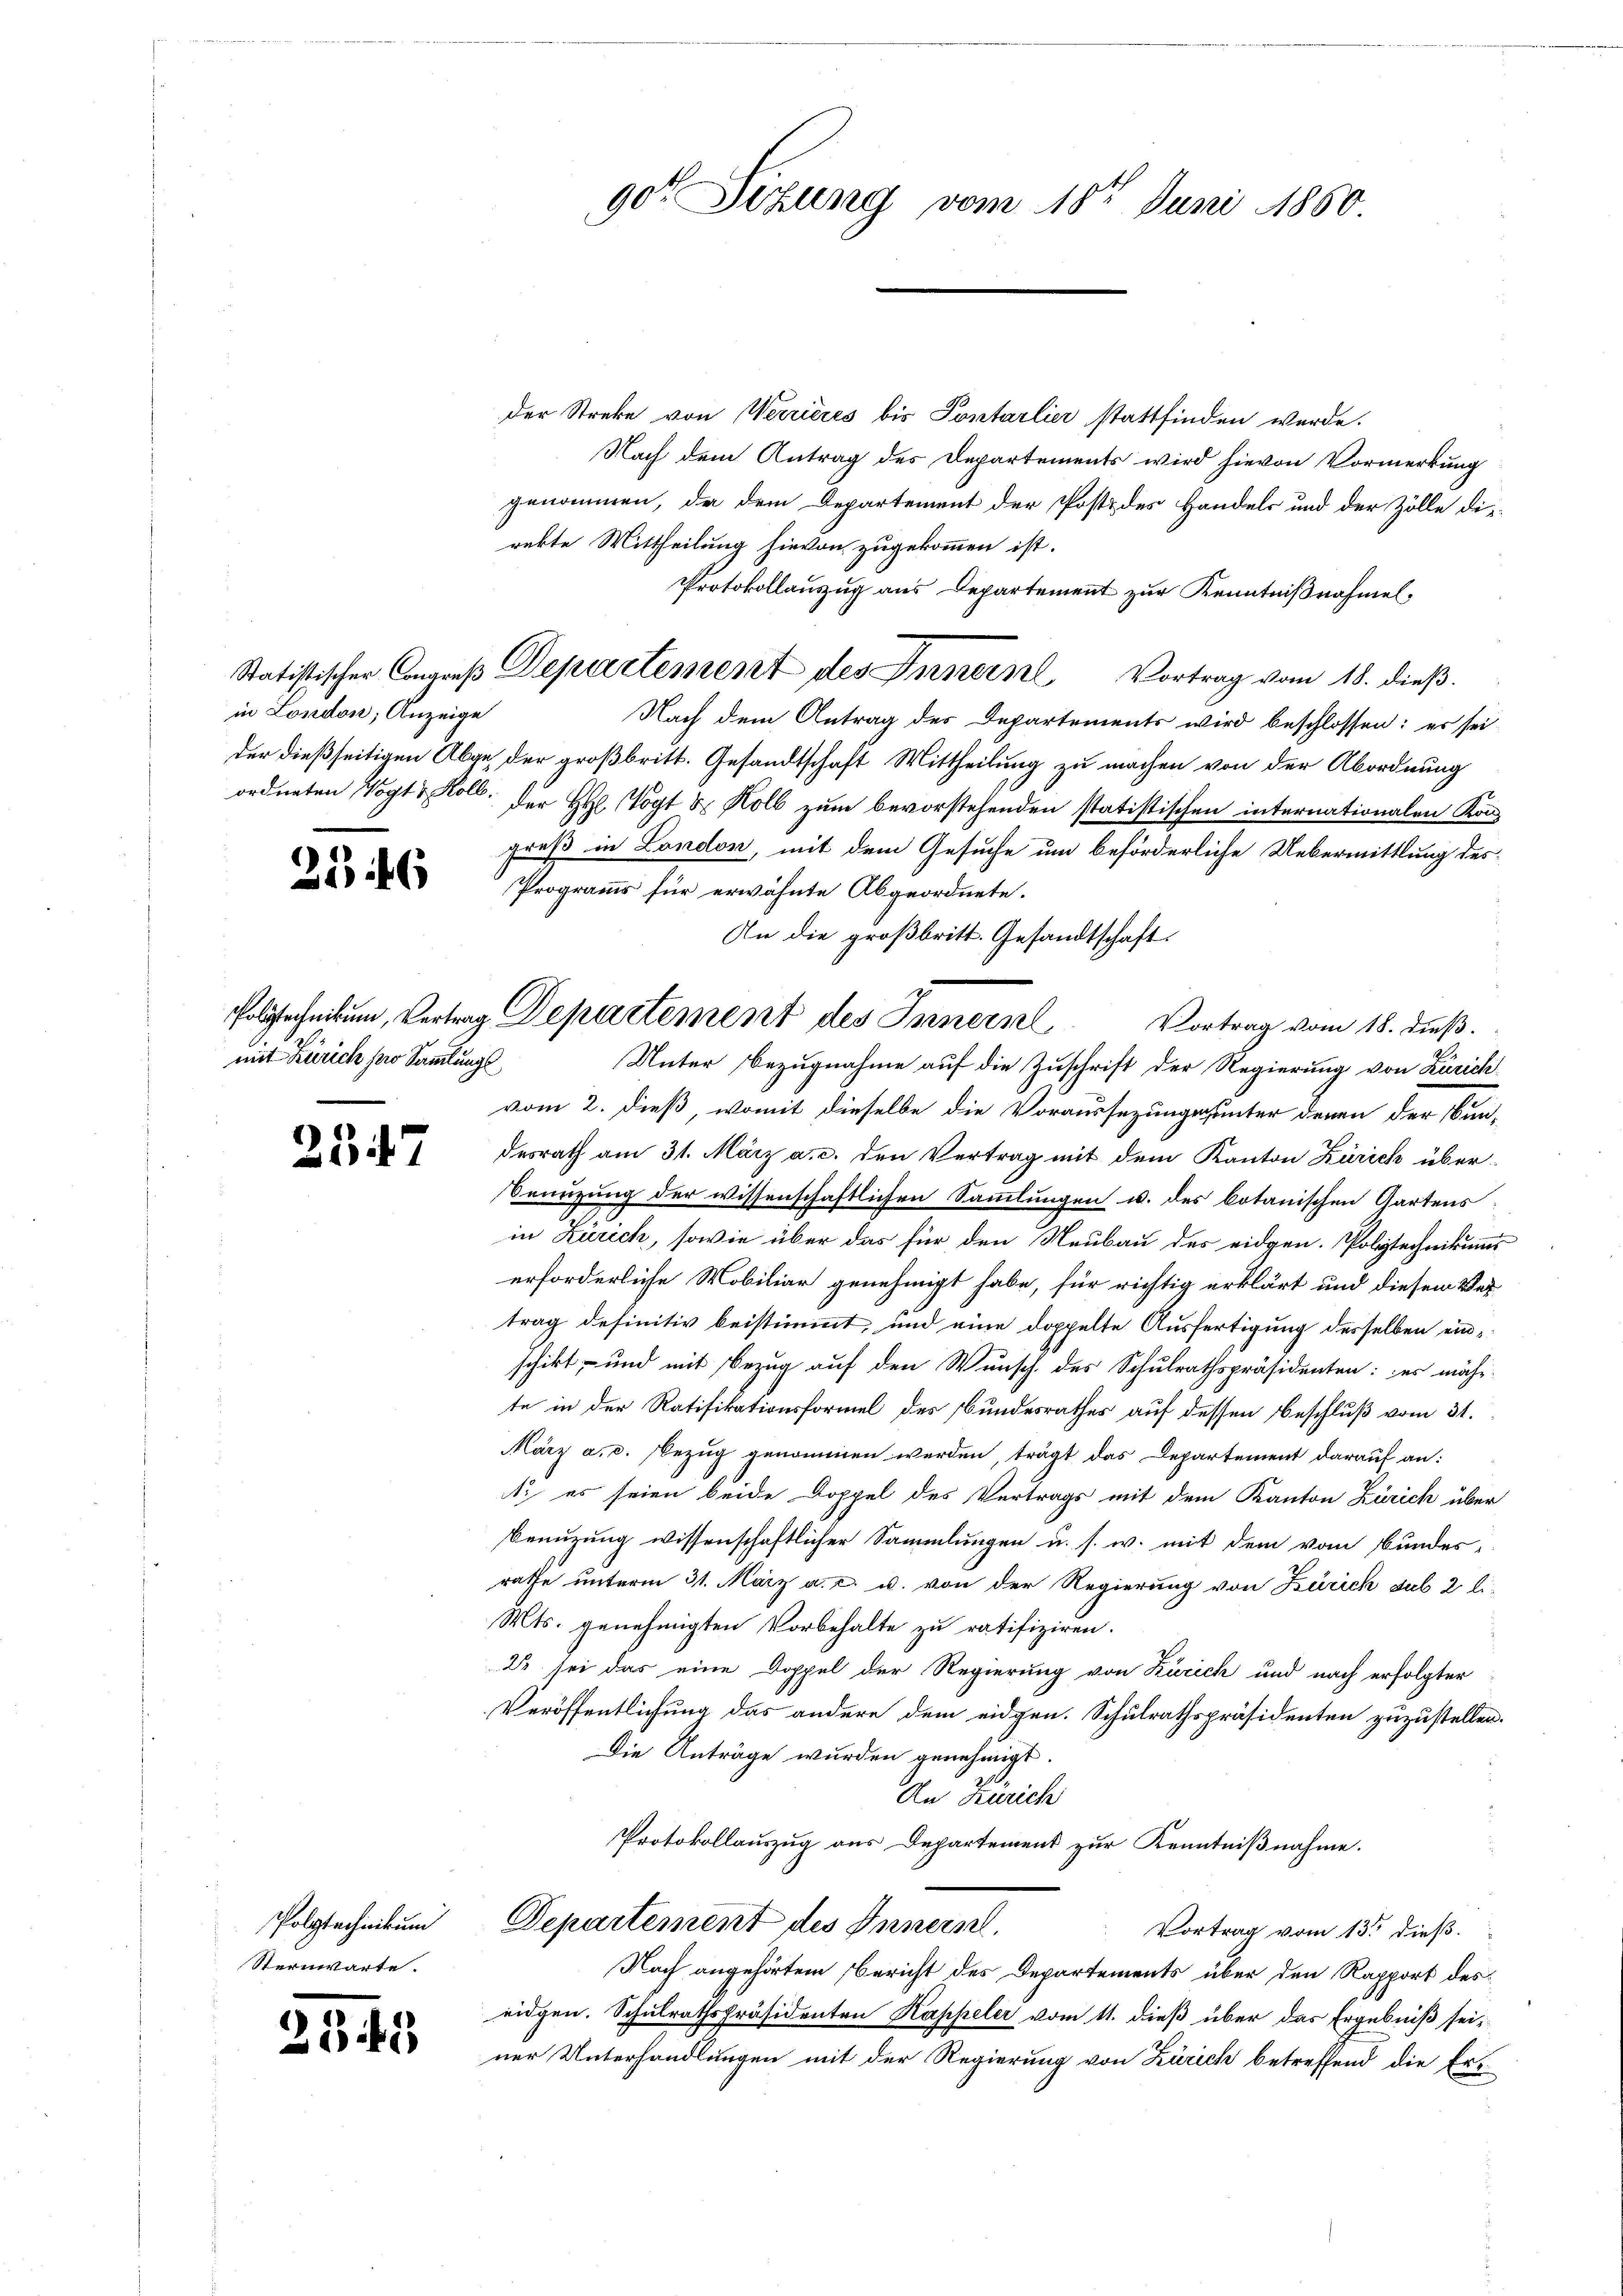
in London, Anzeige

256

mit Zürich pro Sammlungs¬

2547

Polytechnikum
Sternwarte.

2.

der Streke von Werrieres bis Pontarlier stattfinden werde.
Nach dem Antrag des Departements wird hievon Vormerkung
genommen, da dem Departement der Post des Handels und der Zölle dierekte Mittheilung hievon zugekommen ist.
Protokollauszug aus Departement zur Kenntnißnahmel¬
Statistischer Congreß Departement des Innern Vortrag vom 18. dieβ.
Nach dem Antrag des Departements wird beschlossen: es sei
der dießseitigen Abge, der großbritt. Gesandtschaft Mittheilung zu machen von der Abordnung
ordneten Vogt & Koll. der H. Vogt & Holb zum bevorstehenden statistischen internationalen Kongreß in London, mit dem Gesuche um beförderliche Uebermittlung des
Programms für erwähnte Abgeordnete.
Vortrag vom 18. dieß.
Unter Bezugnahme auf die Zuschrift der Regierung von Zürich
vom 2. dieß, womit dieselbe die Voraussezungsunter denen der Bundesrath am 31. März a. c. den Vertrag mit dem Kanton Zürich über¬
Senüzung der wissenschaftlichen Sammlungen u. des botanischen Gartens
in Zürich, sowie über das für den Neubau des eidgen. Polytechnikums
erforderliche Mobiliar genehmigt habe, für richtig erklärt und diesem Ver-
trag definitiv beistimmt, und eine doppelte Ausfertigung desselben einschikt- und mit Bezug auf den Wunsch des Schulrathspräsidenten: es währ-
te in der Ratifikationsformel des Bundesrathes auf dessen Beschluß vom 31.
März a.c. Bezug genommen werden, trägt das Departement darauf an:
1. es seien beide Doppel des Vertrags mit dem Kanton Zürich über
benuzung wissenschaftlicher Sammlungen u. s. w. mit dem vom Bundesrathe unterm 31. März a. c. u. von der Regierung von Zürich sub 2 li-
Mts. genehmigten Vorbehalte zu ratifiziren.
2 sei das eine Doppel der Regierung von Zürich und nach erfolgter
Veröffentlichung das andere dem eidgen. Schulrathspräsidenten zuzustellen.
Die Anträge wurden genehmigt.
An Zürich
Protokollauszug aus Departement zur Kenntnißnahme.
Departement des Innern.
Vortrag vom 13ten dieß.
Nach angehörtem Bericht des Departements über den Rapport deseidgen. Schulrathspräsidenten Kappeler vom 11. dieß über das Ergebniß seiner Unterhandlungen mit der Regierung von Zürich betreffend die Ert¬

An die großbritt. Gesandtschaft.
Folgenheitung, Vertrag Departement des Innern

90 Sizung vom 18ten Juni 1850